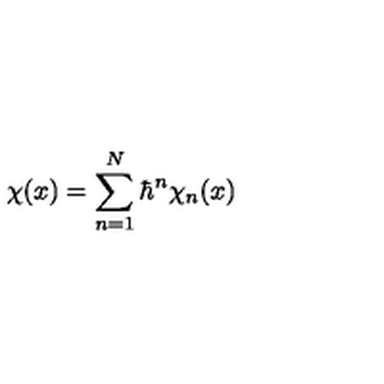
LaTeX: { \chi } ( x ) = \sum _ { n = 1 } ^ { N } { \hbar } ^ { n } { \chi } _ { n } ( x )